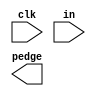
// For each bit in an 8-bit vector, detect when the input signal changes from 0 in one clock cycle to 1 the next (similar to positive edge detection). The output bit should be set the cycle after a 0 to 1 transition occurs.

module top_module (
    input clk,
    input [7:0] in,
    output [7:0] pedge
);

	// Insert your code here

endmodule